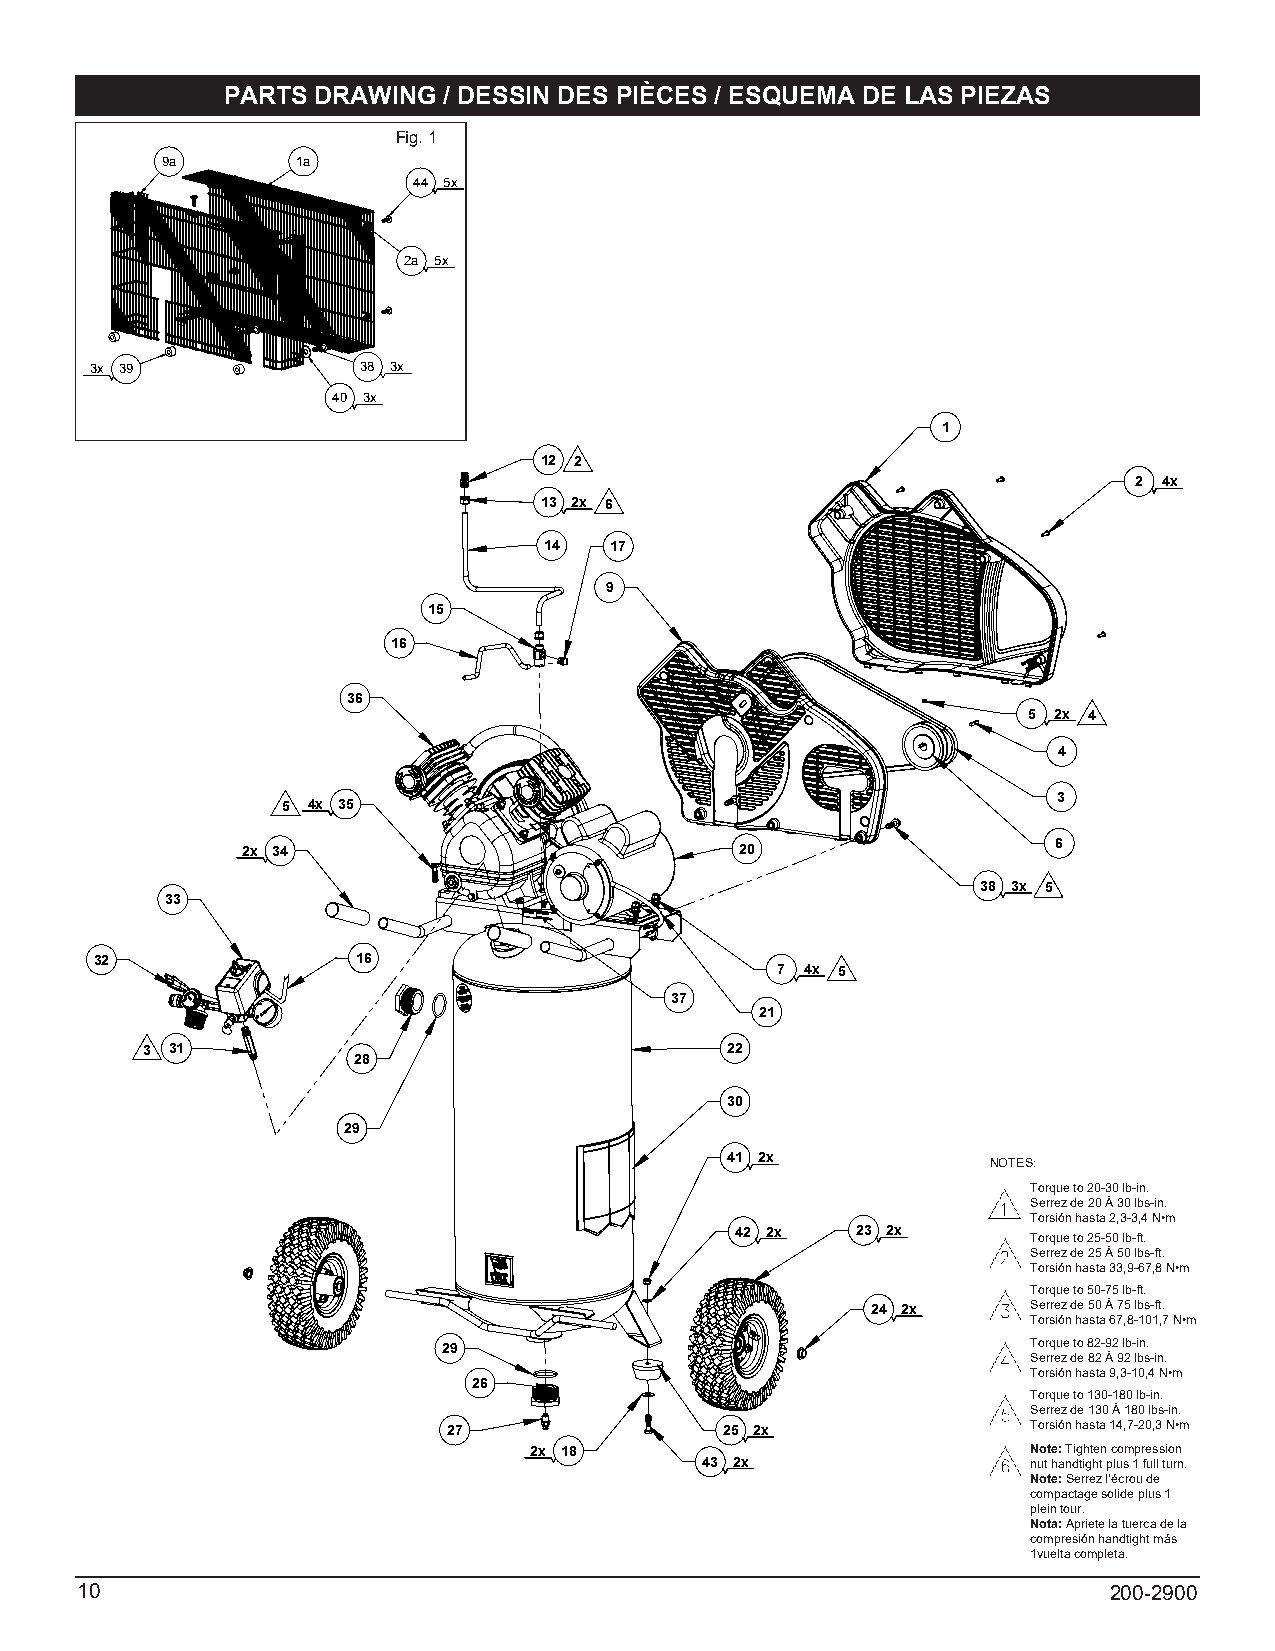
PARTS DRAWING / DESSIN DES PIÈCES / ESQUEMA DE LAS PIEZAS
 Fig. 1
 9a       1a
 44 5x
 2a 5x
 3x 39             38 3x
 40 3x
 1
 12 2
 2 4x
 13 2x 6
 14  17
 9
 15
 16
 36
 5 2x 4
 4
 3
 5 4x 35
 2x 34                            20                   6
 38 3x 5
 33
 32                16
 7 4x 5
 37
 21
 3 31                                   22
 28
 30
 29
 41 2x             NOTES:
 Torque to 20-30 lb-in.
 Serrez de 20 À 30 lbs-in.
 Torsión hasta 2,3-3,4 N•m
 42 2x   23 2x      Torque to 25-50 lb-ft.
 Serrez de 25 À 50 lbs-ft.
 Torsión hasta 33,9-67,8 N•m
 Torque to 50-75 lb-ft.
 24 2x     Serrez de 50 À 75 lbs-ft.
 Torsión hasta 67,8-101,7 N•m
 Torque to 82-92 lb-in.
 29
 Serrez de 82 À 92 lbs-in.
 Torsión hasta 9,3-10,4 N•m
 26
 Torque to 130-180 lb-in.
 Serrez de 130 À 180 lbs-in.
 27                25 2x               Torsión hasta 14,7-20,3 N•m
 2x 18                            Note: Tighten compression
 43 2x                nut handtight plus 1 full turn.
 Note: Serrez l’écrou de
 compactage solide plus 1
 plein tour.
 Nota: Apriete la tuerca de la
 compresión handtight más
 1vuelta completa.
 10                                                                  200-2900